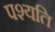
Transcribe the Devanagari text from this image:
पश्यति